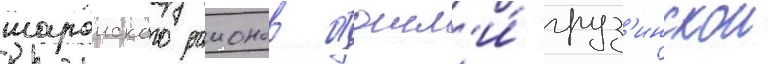
шароиского раионов отошл'и́ груз'инскои